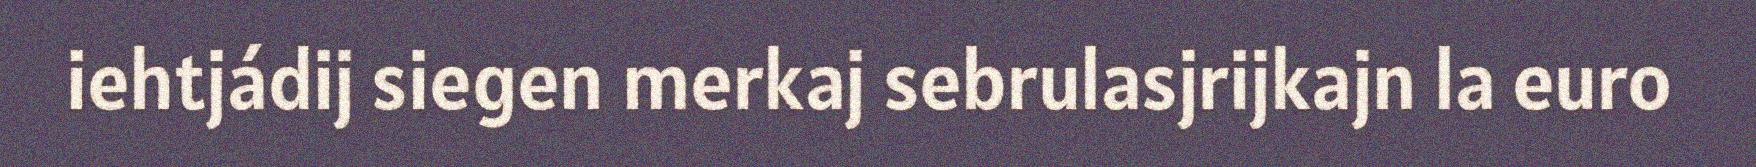
iehtjádij siegen merkaj sebrulasjrijkajn la euro